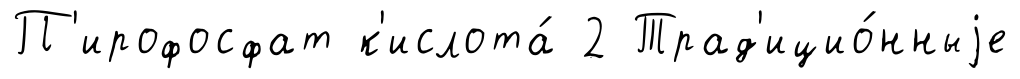
П'ирофосфат к'ислота́ 2 Трад'ицио́нныjе